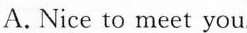
A. Nice to meet you.